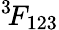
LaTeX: ^{3\! }F_{123}